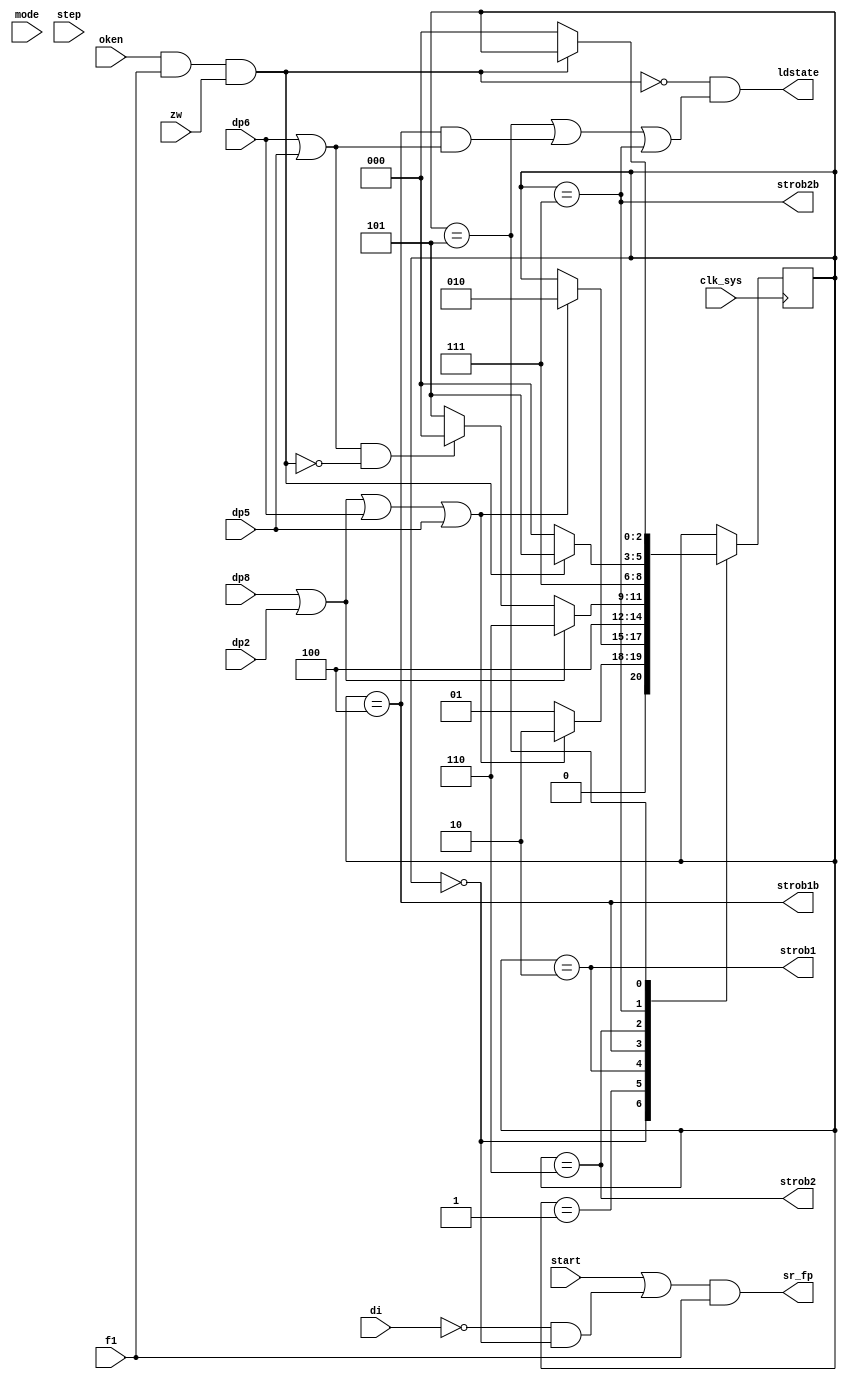
module fp_strobgen(
	input clk_sys,
	input start,
	input di,
	input dp8, dp2, dp6, dp5,
	input mode,
	input step,
	input oken,
	input f1,
	input zw,
	output ldstate,
	output strob1,
	output strob1b,
	output strob2,
	output strob2b,
	output sr_fp
);

	localparam S_GOT	= 3'd0;
	localparam S_GOTW	= 3'd1;
	localparam S_ST1	= 3'd2;
	localparam S_ST1W = 3'd3;
	localparam S_ST1B	= 3'd4;
	localparam S_PGOT = 3'd5;
	localparam S_ST2	= 3'd6;
	localparam S_ST2B	= 3'd7;

	wire if_busy = oken & f1 & zw;
	wire es1 = dp8 | dp2 | dp6 | dp5;
	wire has_strob2 = dp8 | dp2;
	wire no_strob2 = dp6 | dp5;

	wire __got = state == S_GOT;
	assign strob1 = state == S_ST1;
	assign strob1b = state == S_ST1B;
	assign strob2 = state == S_ST2;
	assign strob2b = state == S_ST2B;
	assign ldstate = ~if_busy & ((state == S_PGOT) | ((state == S_ST1B) & no_strob2) | (state == S_ST2B));

	reg [0:2] state;

	// TODO: step

	always @ (posedge clk_sys) begin
		case (state)
			S_GOT:
				if (es1) state <= S_ST1;
				else state <= S_GOTW;
			S_GOTW:
				if (es1) state <= S_ST1;
			S_ST1:
				state <= S_ST1B;
			S_ST1B:
				if (has_strob2) state <= S_ST2;
				else if (no_strob2 & !if_busy) state <= S_GOT;
				else state <= S_PGOT;
			S_ST2:
				state <= S_ST2B;
			S_ST2B:
				if (!if_busy) state <= S_GOT;
				else state <= S_PGOT;
			S_PGOT:
				if (!if_busy) state <= S_GOT;
		endcase
	end

/*
	wire strob1_st2, strob1_only;
	univib #(.ticks(2'd3)) VIB_STROB1_ST2(
		.clk(clk_sys),
		.a_(sr),
		.b(dp8 | dp2),
		.q(strob1_st2)
	);
	univib #(.ticks(2'd3)) VIB_STROB1_ST1(
		.clk(clk_sys),
		.a_(sr),
		.b(dp6 | dp5),
		.q(strob1_only)
	);

	wire step_reset = mode & (strob1_st2 | ~strob1_only);

	wire strob_step;
	ffd REG_STEP(
		.s_(~step_reset),
		.d(1'b0),
		.c(~step),
		.r_(mode),
		.q(strob_step)
	);

	assign strob1 = strob1_only | strob1_st2 | strob_step;

	wire has_strob2 = dp8 | dp2;
	wire strob2_trig = strob1_st2 | (has_strob2 & strob_step);

	univib #(.ticks(2'd3)) VIB_STROB2(
		.clk(clk_sys),
		.a_(strob2_trig),
		.b(1'b1),
		.q(strob2)
	);

	wire stgot = strob1_only | strob2 | (~has_strob2 & strob_step) | (oken & f1 & zw);

	univib #(.ticks(2'd3)) VIB_GOT(
		.clk(clk_sys),
		.a_(stgot),
		.b(1'b1),
		.q(__got)
	);
*/

	wire got_fp = ~di & __got;
	wire sr = start | got_fp;
	assign sr_fp = sr & f1;

endmodule